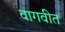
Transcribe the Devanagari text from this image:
वागवीत